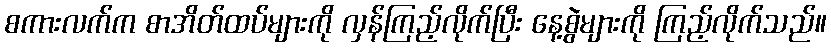
စကားလက်က စာအိတ်ထပ်များကို လှန်ကြည့်လိုက်ပြီး နေ့စွဲများကို ကြည့်လိုက်သည်။